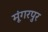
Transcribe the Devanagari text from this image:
मूंगरपुर